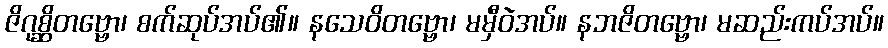
ဇိဂုစ္ဆိတဗ္ဗော၊ စက်ဆုပ်အပ်၏။ နသေဝိတဗ္ဗော၊ မမှီဝဲအပ်။ နဘဇိတဗ္ဗော၊ မဆည်းကပ်အပ်။